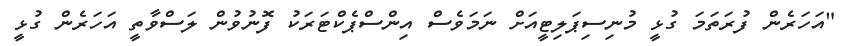
"އަހަރެން ފުރަތަމަ ގުޅީ މުނިސިޕަލިޓީއަށް ނަމަވެސް އިންސްޕެކްޓަރަކު ފޮނުވުން ލަސްވާތީ އަހަރެން ގުޅީ